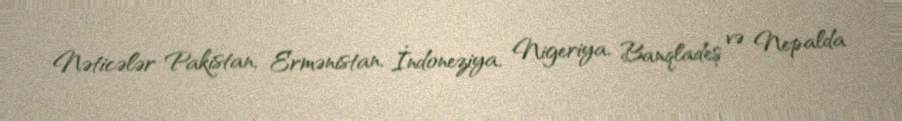
Nəticələr Pakistan, Ermənistan, İndoneziya, Nigeriya, Banqladeş və Nepalda